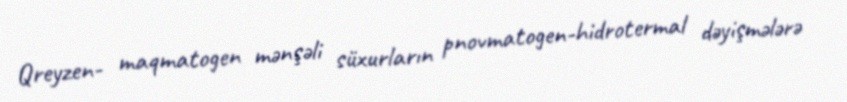
Qreyzen- maqmatogen mənşəli süxurların pnovmatogen-hidrotermal dəyişmələrə